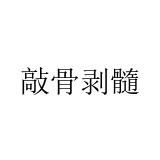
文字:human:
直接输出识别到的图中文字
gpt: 敲骨剥髓